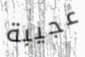
عجيبة